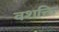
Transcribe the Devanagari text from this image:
वशक्ति